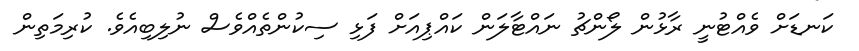
ކަނޑަށް ވެއްޓުނީ ރާޅުން ލޯންޗު ނައްޓާލަން ކައްޕިއަށް ފަޅި ސިކުންތެއްވެސް ނުލިބިއެވެ. ކުރިމަތިން